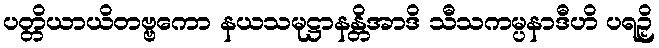
ပတ္တိယာယိတဗ္ဗကော နယသမုဋ္ဌာနန္တိအာဒိ သီသကမ္ပနာဒီဟိ ပရဉှိ